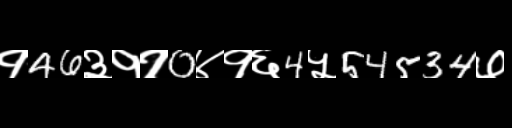
Text: १46३११0४१६4५54534७